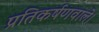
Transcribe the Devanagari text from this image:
प्रतिकर्षणवाले।